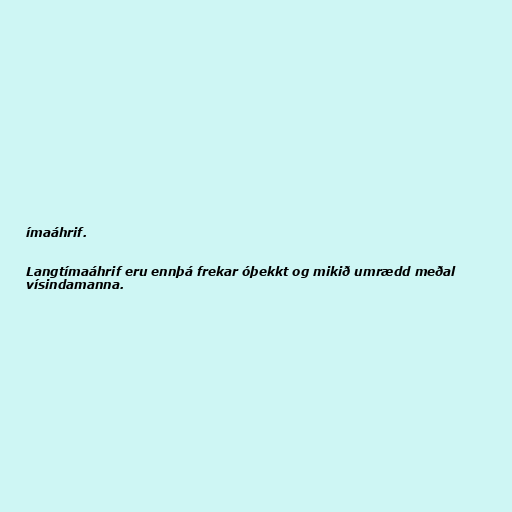
ímaáhrif.

Langtímaáhrif eru ennþá frekar óþekkt og mikið umrædd meðal
vísindamanna.